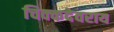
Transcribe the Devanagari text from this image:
चिक्कदेवराय